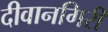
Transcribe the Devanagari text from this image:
दीवानगिरी